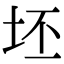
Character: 坯